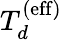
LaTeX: T_{d}^{\mathrm{(eff)}}